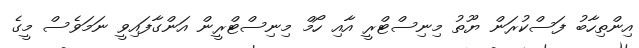
އިންތިހާބު ފަސްކުރަން ޔޫތު މިނިސްޓްރީ އާއި ހޯމް މިނިސްޓްރީން އަންގާފައިވީ ނަމަވެސް މީގެ